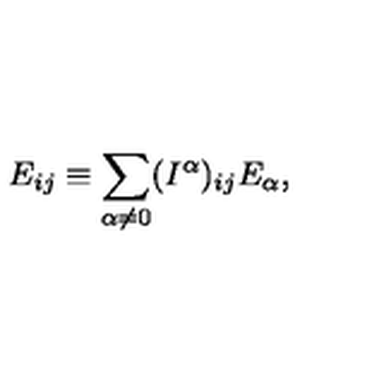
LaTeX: E _ { i j } \equiv \sum _ { \alpha \neq 0 } ( I ^ { \alpha } ) _ { i j } E _ { \alpha } ,